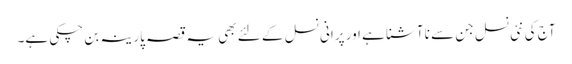
آج کی نئی نسل جن سے نا آشنا ہے اور پرانی نسل کے لئے بھی یہ قصہ پارینہ بن چکی ہے۔